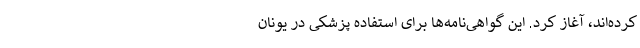
کرده‌اند، آغاز کرد. این گواهی‌نامه‌ها برای استفاده پزشکی در یونان